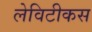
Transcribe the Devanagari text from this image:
लेविटीकस